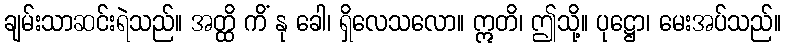
ချမ်းသာဆင်းရဲသည်။ အတ္ထိ ကိံ နု ခေါ၊ ရှိလေသလော။ ဣတိ၊ ဤသို့။ ပုဋ္ဌော၊ မေးအပ်သည်။